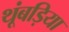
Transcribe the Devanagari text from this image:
थूंबड़िया